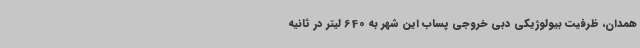
همدان، ظرفیت بیولوژیکی دبی خروجی پساب این شهر به 640 لیتر در ثانیه